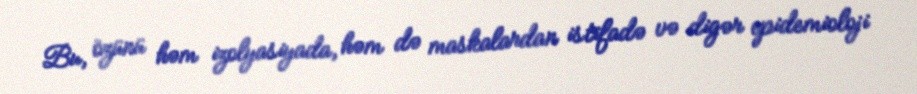
Bu, özünü həm izolyasiyada, həm də maskalardan istifadə və digər epidemioloji